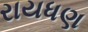
રાયધણ